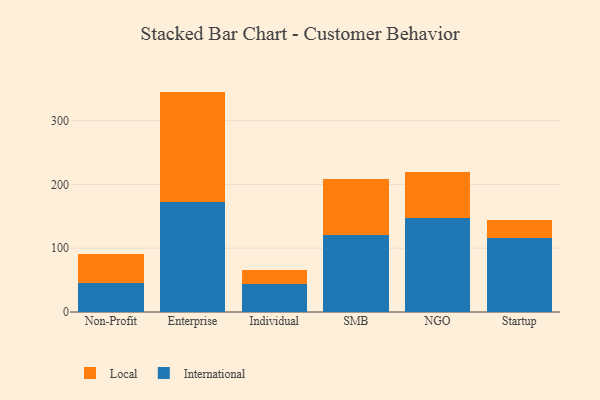
{"axis": {"x": "Segment", "y": "Energy Usage (MWh)"}, "legend": ["International", "Local"], "data": [{"x": "Non-Profit", "y": 45.6, "type": "International"}, {"x": "Non-Profit", "y": 44.8, "type": "Local"}, {"x": "Enterprise", "y": 172.7, "type": "International"}, {"x": "Enterprise", "y": 172.7, "type": "Local"}, {"x": "Individual", "y": 43.4, "type": "International"}, {"x": "Individual", "y": 21.8, "type": "Local"}, {"x": "SMB", "y": 120.6, "type": "International"}, {"x": "SMB", "y": 87.2, "type": "Local"}, {"x": "NGO", "y": 147.7, "type": "International"}, {"x": "NGO", "y": 71.6, "type": "Local"}, {"x": "Startup", "y": 115.8, "type": "International"}, {"x": "Startup", "y": 28.8, "type": "Local"}]}